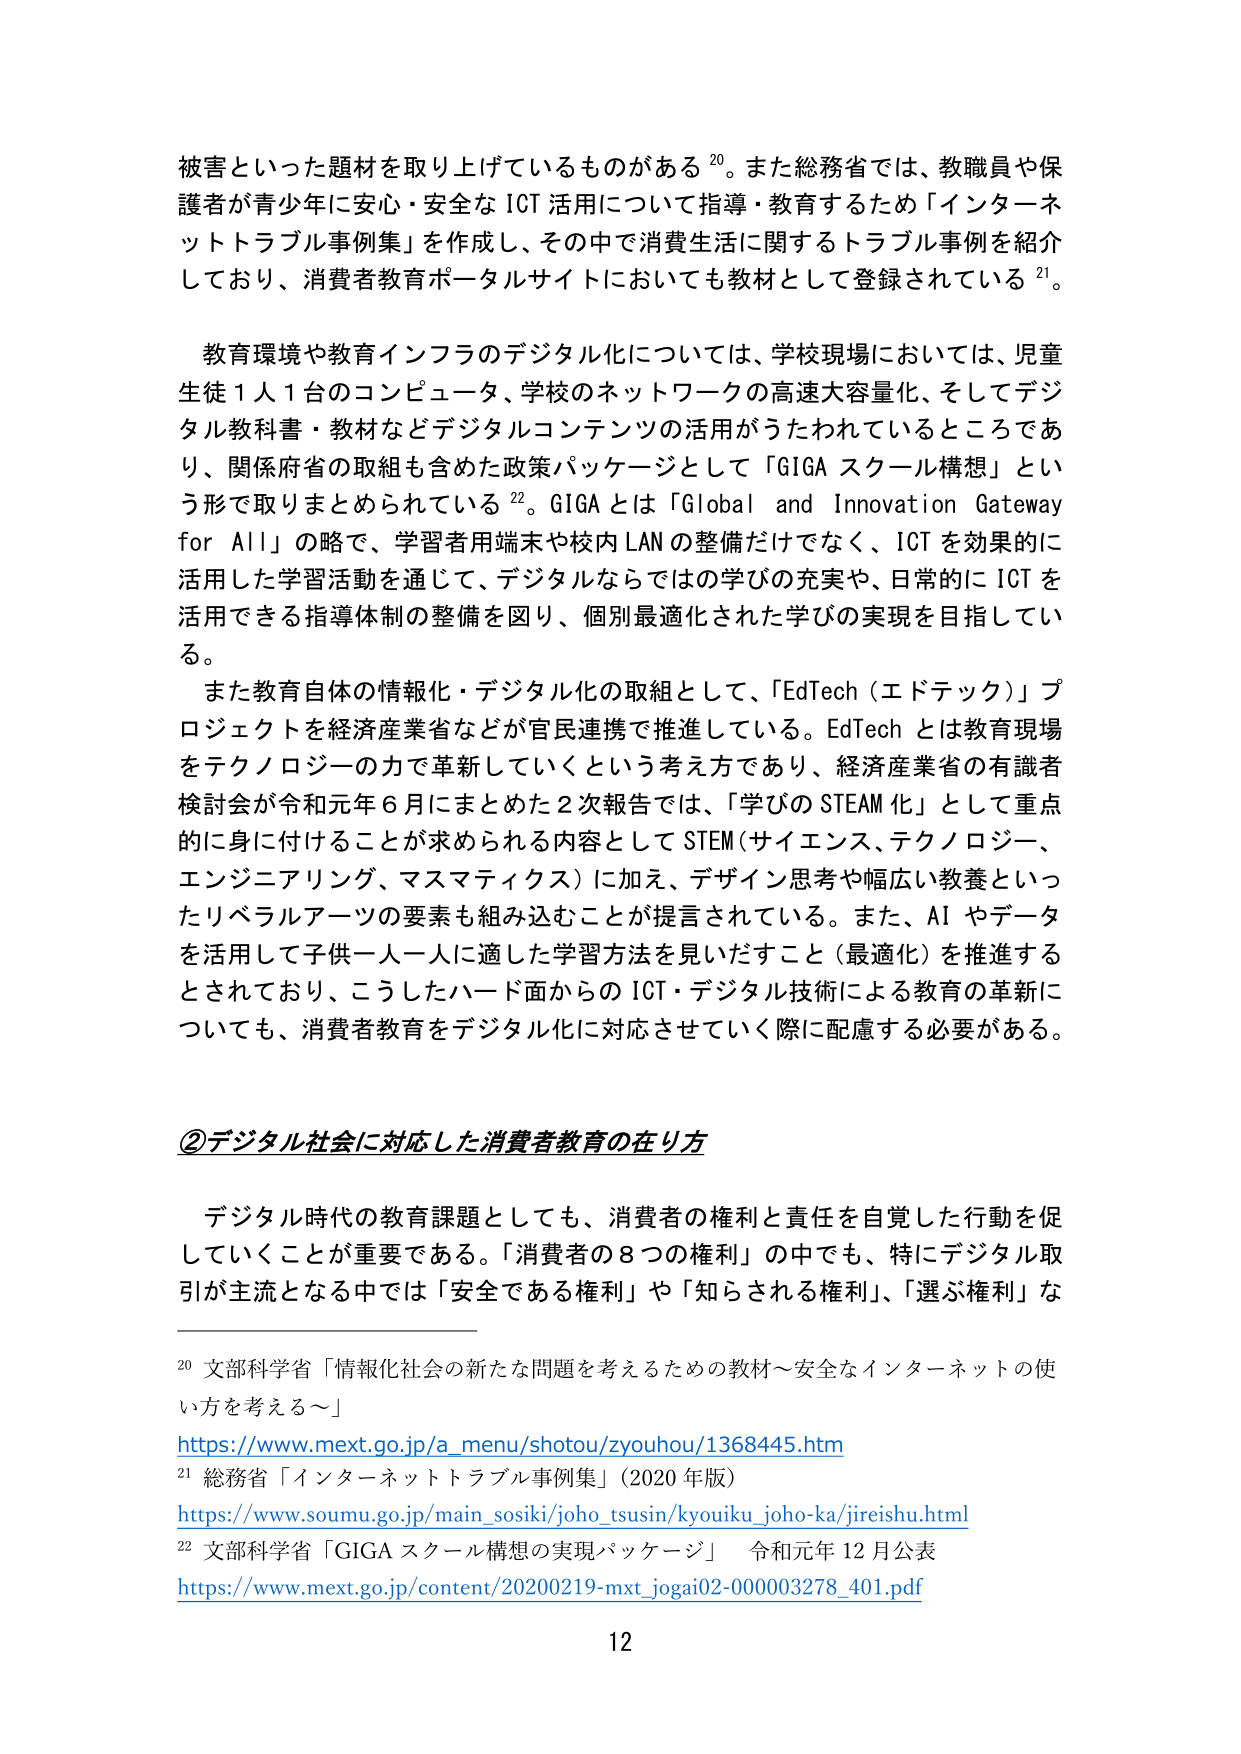
被害といった題材を取り上げているものがある20。また総務省では、教職員や保護者が青少年に安心・安全な ICT 活用について指導・教育するため「インターネットトラブル事例集」を作成し、その中で消費生活に関するトラブル事例を紹介しており、消費者教育ポータルサイトにおいても教材として登録されている21。

教育環境や教育インフラのデジタル化については、学校現場においては、児童生徒1人1台のコンピュータ、学校のネットワークの高速大容量化、そしてデジタル教科書・教材などデジタルコンテンツの活用がうたわれているところであり、関係府省の取組も含めた政策パッケージとして「GIGA スクール構想」という形で取りまとめられている22。GIGA とは「Global and Innovation Gateway for All」の略で、学習者用端末や校内 LAN の整備だけでなく、ICT を効果的に活用した学習活動を通じて、デジタルならではの学びの充実や、日常的に ICT を活用できる指導体制の整備を図り、個別最適化された学びの実現を目指している。

また教育自体の情報化・デジタル化の取組として、「EdTech（エドテック）」プロジェクトを経済産業省などが官民連携で推進している。EdTech とは教育現場をテクノロジーの力で革新していくという考え方であり、経済産業省の有識者検討会が令和元年6月にまとめた2次報告では、「学びの STEAM 化」として重点的に身に付けることが求められる内容として STEM（サイエンス、テクノロジー、エンジニアリング、マスマティクス）に加え、デザイン思考や幅広い教養といったリベラルアーツの要素も組み込むことが提言されている。また、AI やデータを活用して子供一人一人に適した学習方法を見いだすこと（最適化）を推進するとされており、こうしたハード面からの ICT・デジタル技術による教育の革新についても、消費者教育をデジタル化に対応させていく際に配慮する必要がある。

②デジタル社会に対応した消費者教育の在り方

デジタル時代の教育課題としても、消費者の権利と責任を自覚した行動を促していくことが重要である。「消費者の8つの権利」の中でも、特にデジタル取引が主流となる中では「安全である権利」や「知らされる権利」、「選ぶ権利」な

20 文部科学省「情報化社会の新たな問題を考えるための教材～安全なインターネットの使い方を考える～」
https://www.mext.go.jp/a_menu/shotou/zyouhou/1368445.htm

21 総務省「インターネットトラブル事例集」（2020年版）
https://www.soumu.go.jp/main_sosiki/joho_tsusin/kyouiku_joho-ka/jireishu.html

22 文部科学省「GIGA スクール構想の実現パッケージ」 令和元年12月公表
https://www.mext.go.jp/content/20200219-mxt_jogai02-000003278_401.pdf

12